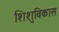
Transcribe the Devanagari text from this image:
शिशुविकास